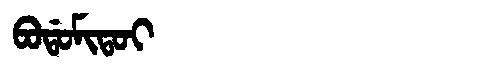
Manchu: ᠪᠣᡩᠣᠮᡳᡨᠣᡳ
Romanization: BODOMITOI